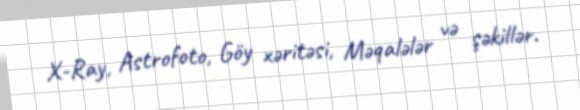
X-Ray, Astrofoto, Göy xəritəsi, Məqalələr və şəkillər.